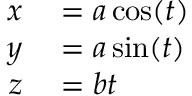
\begin{array} { r l } { x } & { { } = a \cos ( t ) } \\ { y } & { { } = a \sin ( t ) } \\ { z } & { { } = b t \, } \end{array}